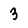
Character: 3